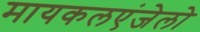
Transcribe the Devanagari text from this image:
मायकलएंजेलो